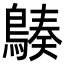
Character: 𪃆